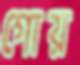
গোয়